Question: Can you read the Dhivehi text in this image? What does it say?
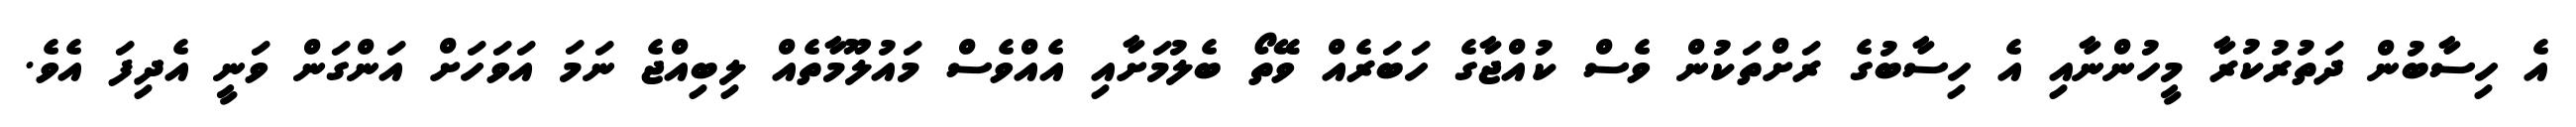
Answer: އެ ހިސާބުން ދަތުރުކުރާ މީހުންނާއި އެ ހިސާބުގެ ރަށްތަކުން ވެސް ކުއްޖާގެ ހަބަރެއް ވޭތޯ ބެލުމަށާއި އެއްވެސް މައުލޫމާތެއް ލިބިއްޖެ ނަމަ އަވަހަށް އަންގަން ވަނީ އެދިފަ އެވެ.